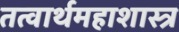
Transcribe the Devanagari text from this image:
तत्वार्थमहाशास्त्र